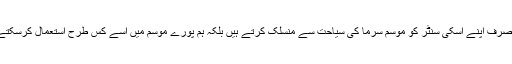
ہم نہ صرف اپنے اسکی سنٹر کو موسم سرما کی سیاحت سے منسلک کرتے ہیں بلکہ ہم پورے موسم میں اسے کس طرح استعمال کرسکتے ہیں۔